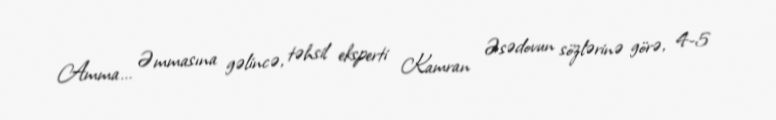
Amma... Əmmasına gəlincə, təhsil eksperti Kamran Əsədovun sözlərinə görə, 4-5